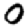
Digit: 0